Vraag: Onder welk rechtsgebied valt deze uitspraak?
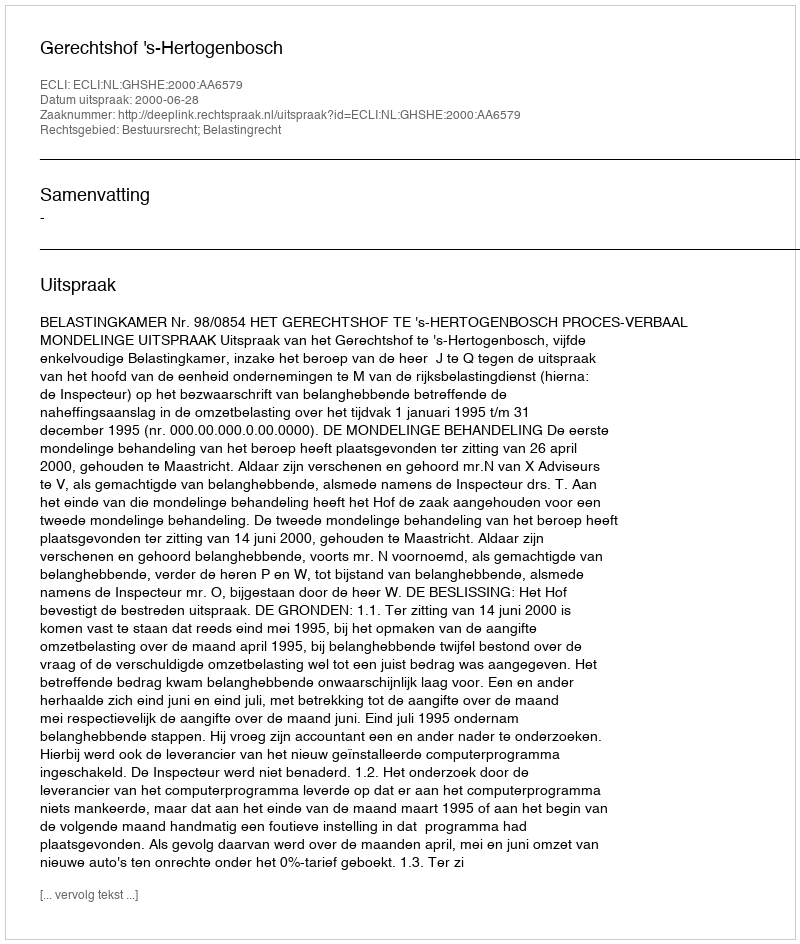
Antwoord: Bestuursrecht; Belastingrecht